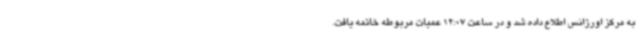
به مرکز اورژانس اطلاع داده شد و در ساعت 12:07 عمیات مربوطه خاتمه یافت.